Medical and sanitary report on the native army of Bombay for the year
Year: 1878
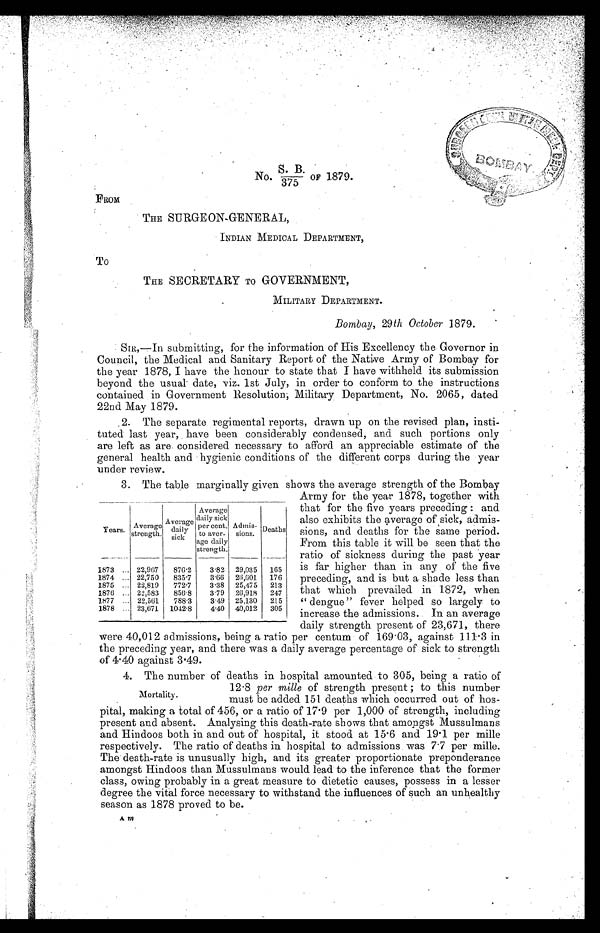
No. S.B. OF 1879.
/375
FROM
THE SURGEON-GENERAL,
INDIAN MEDICAL DEPARTMENT,
To
THE SECRETARY To GOVERNMENT,
MILITARY DEPARTMENT.
Bombay, 29th October 1879.
SIR,—In submitting, for the information of His Excellency the Governor in
Council, the Medical and Sanitary Report of the Native Army of Bombay for
the year 1878, I have the honour to state that I have withheld its submission
beyond the usual date, viz. 1st July, in order to conform to the instructions
contained in Government Resolution; Military Department, No. 2065, dated
22nd May 1879.
.2. The separate regimental reports, drawn up on the revised plan, insti-
tuted last year, have been considerably condensed, and such portions only
are left as are considered necessary to afford an appreciable estimate of the
general health and hygienic conditions of the different corps during the year
under review.
3. The table marginally given shows the average strength of the Bombay
Army for the year 1878, together with
that for the five years preceding : and
also exhibits the a verage of sick, admis-
sions, and deaths for the same period.
From this table it will be seen that the
ratio of sickness during the past year
is far higher than in any, of the five
preceding, and is but a shade less than
that which prevailed in 1872, when
“ dengue” fever helped so largely to
increase the admissions. In an average
daily strength present of 23,671, there
were 40,012 admissions, being a ratio per centum of 169 . 03, against 111.3 in
the preceding year, and there was a daily average percentage of sick to strength
of 4.40 against 3.49.
4. The number of deaths in hospital amounted to 305, being a ratio of
12 . 8 per mille of strength present ; to this number
Mortality. must be added 151 deaths which occurred out of hos-
pital, making a total of 456, or a ratio of 17 . 9 per 1,000 of strength, including
present and absent. Analysing this death-rate shows that amongst Mussulmans
and Hindoos both in and out of hospital, it stood at 15 . 6 and 19 . 1 per mille
respectively. The ratio of deaths in hospital to admissions was 7 . 7 per mille.
The death-rate is unusually high, and its greater proportionate preponderance
amongst Hindoos than Mussulmans would lead to the inference that the former
class, owing probably in a great measure to dietetic causes, possess in a lesser
degree the vital force necessary to withstand the influences of such an unhealthy
season as 1878 proved to be.
A m
Years.
Average
sength.
A v e r a g e
daily
sick
Average
daily sick
per cent.t o a v e r - .
age daily
strength.
Admis-
sions.
Deaths
1873 ... 22,967
876.2
3.82 29,035
165
1874 ... 22,750
835 .7
3,66
25,901
176
1875 ... 22,819
772.7
3.38 25,475
213
1876 ... 22,583
856.8
3.79
26,918
247
1877 ... 22,561
788 .3
3.49 25,130
215
1878 ... 23,671
1042 .8
4.40 40,012
305